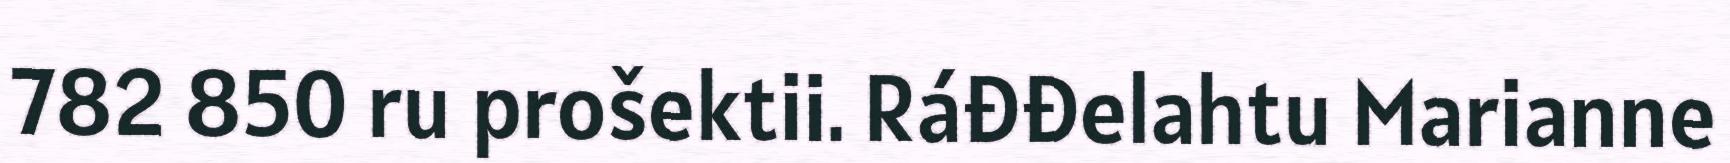
782 850 ru prošektii. Ráđđelahtu Marianne